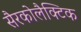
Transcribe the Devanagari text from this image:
सैरकोलैक्टिक